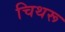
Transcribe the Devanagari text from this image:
चिथरू